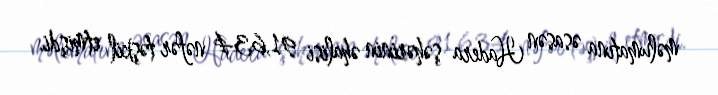
məlumatına əsasən Hadera şəhərinin əhalisi 91,634 nəfər təşkil etmişdi.